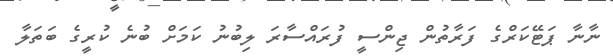
ނާނާ ޕަޓޭކަރްގެ ފަރާތުން ޖިންސީ ފުރައްސާރަ ލިބުނު ކަމަށް ބުނެ ކުރީގެ ބަތަލާ